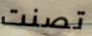
تصنت